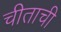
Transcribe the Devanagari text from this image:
चीताची